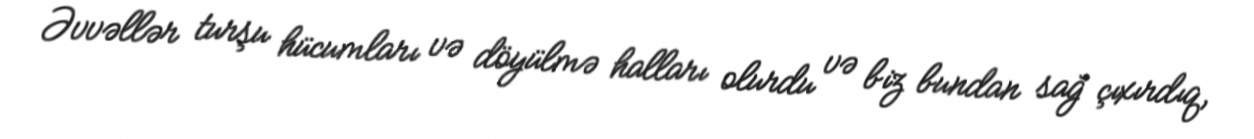
Əvvəllər turşu hücumları və döyülmə halları olurdu və biz bundan sağ çıxırdıq,